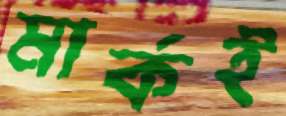
মার্কই